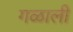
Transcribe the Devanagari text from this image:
गळाली